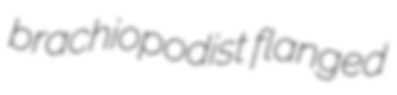
brachiopodist flanged